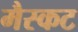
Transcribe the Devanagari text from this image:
मैस्कट